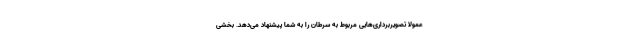
عمولاً تصویربرداری‌هایی مربوط به سرطان را به شما پیشنهاد می‌دهد. بخشی